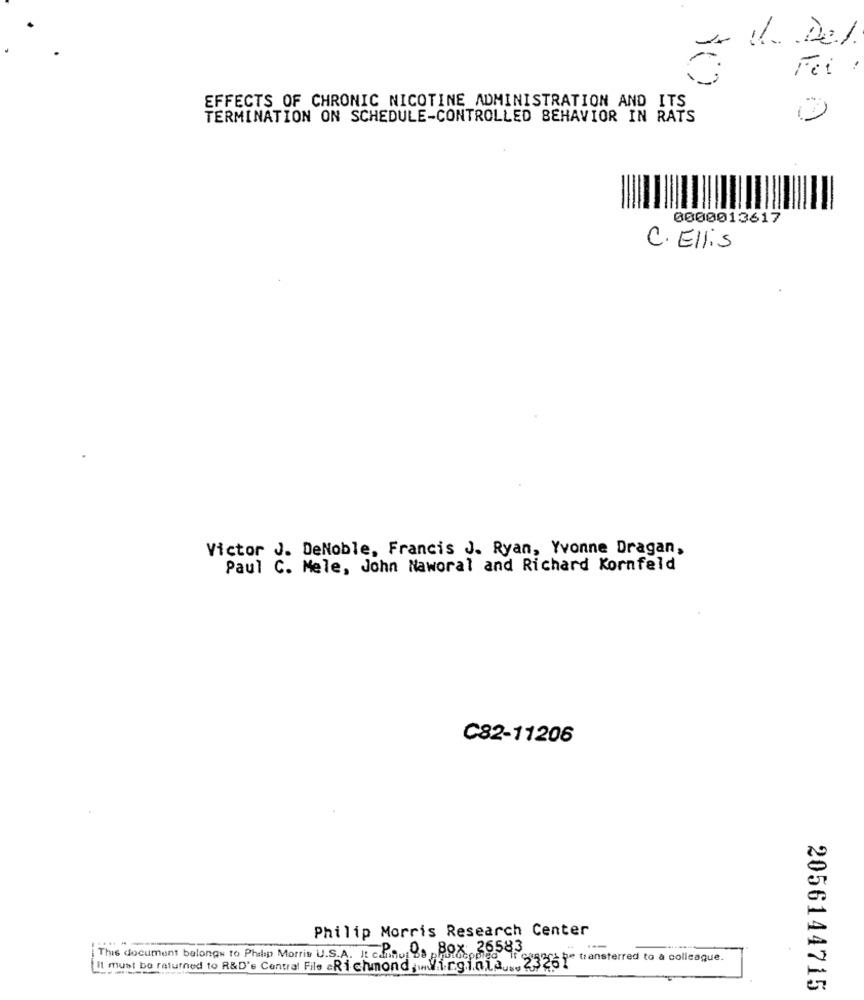
d Del
Fei :
EFFECTS OF CHRONIC NICOTINE ADMINISTRATION AND ITS
TERMINATION ON SCHEDULE-CONTROLLED BEHAVIOR IN RATS
0
0000013617
C. Ellis
Victor J. DeNoble, Francis J. Ryan, Yvonne Dragan,
Paul C. Mele, John Naworal and Richard Kornfeld
C82-11206
Philip Morris Research Center
...
Box: 26583
This document belongs to Philip Morris U.S.A. It cannot be photocopied it ca
transferred to & colicaque.
Il must be returned to R&D's Central File =Richmond , Virginia ... 23261"
2056144715